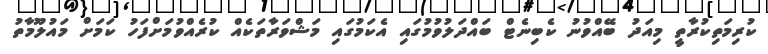
ކުރިމަތިކުރާތީ މިއަދު ބޭއްވުނު ކެބިނެޓް ބައްދަލުވުމުގައި އެކަމުގައި މަޝްވަރާތަކެއް ކުރެއްވުމަށްފަހު ކަމަށް މައުލޫމާތު